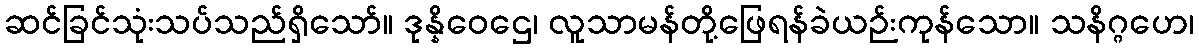
ဆင်ခြင်သုံးသပ်သည်ရှိသော်။ ဒုန္နိဝေဌေ၊ လူသာမန်တို့ဖြေရန်ခဲယဉ်းကုန်သော။ သနိဂ္ဂဟေ၊